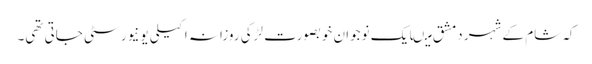
کہ شام کے شہر دمشق میںایک نوجوان خوبصورت لڑکی روزانہ اکیلی یونیورسٹی جاتی تھی۔